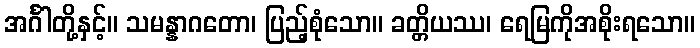
အင်္ဂါတို့နှင့်။ သမန္နာဂတော၊ ပြည့်စုံသော။ ခတ္တိယဿ၊ ရေမြကိုအစိုးရသော။